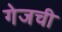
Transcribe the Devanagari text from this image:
गेजची